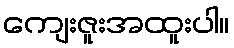
ကျေးဇူးအထူးပါ။